Statistical return of the lunatic asylum in Assam - 1912-1932
Year: 1912
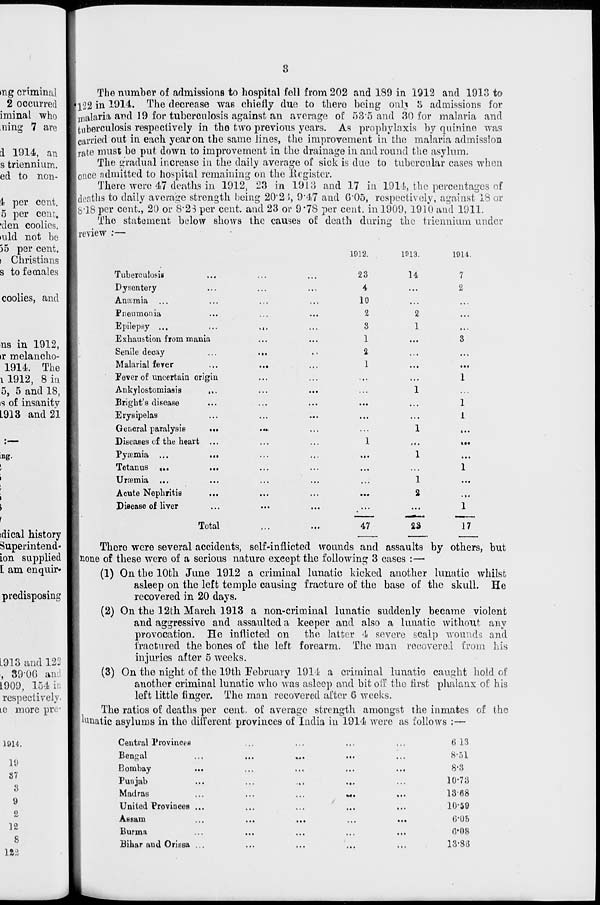
The number of admissions to hospital fell from 202 and 189 in 1912 and 1913 to
|l22 in 1914. The decrease was chiefly due to thero being onh '6 admissions for
malaria and 19 for tuberculosis against an average of 53'5 and 30 for malaria and
tuberculosis respectively in tho two previous years. As prophylaxis by quinine was
carried out in each year on the same lines, the improvement in the malaria admission
jrate must be put down to improvement in the drainage in and round the asylum.
The gradual increase in the daily average of sick is due to tubercular cases when
| once admitted to hospital remaining on the Register.
There were 47 deaths in 1912, 23 in 1913 and 17 in 1914, the percentages of
Ideaths to daily average strength being 20'2 5, 9'47 and G'05, respectively, against 18 or
|s-l8 per cent., 20 or 8'2S per cent, and 23 or 9'78 per cent, in 1909, 1910 and 1911.
The statement below shows the causes of death daring the triennium under
| review :—
1912.
1013.
1914.
23
14
10
2
3
1
2
1
2
1
Tuberculosis
Dysentery
Anaemia
Pneumonia
Epilepsy ...
...
...
Exhaustion fiom mania
Senile decay
...
...
Malarial fever
...
...
Fever of uncertain origin
Ankylostomiasis
...
Bright's disease
Erysipelas
General paralysis
...
Diseases of the heart ...
Pyaemia ...
...
Tetanus ...
...
uraemia ...
...
...
...
Acute Nephritis
Disease of liver
Total
There were several accidents, self-inflicted wounds and assaults by others, but
;none of these were of a serious nature except the following 3 cases :—
(1) On the 10th June 1912 a criminal lunatic kicked another lunatic whilst
asleep on the left temple causing fracture of the base of the skull. He
recovered in 20 days.
(2) On the 12th March 1913 a non-criminal lunatic suddenly became violent
and aggressive and assaulted a keeper and also a lunatic without any
provocation. He inflicted on the latter 4 severe scalp wounds and
fractured the bones of the left forearm. The man recovered from his
injuries after 5 weeks.
(3) On the night of the 19th February 1914 a criminal lunatic caught hold of
another criminal lunatic who was asleep and bit off the first phalanx of his
left little finger. The man recovered after 6 weeks.
The ratios of deaths per cent, of average strength amongst the inmates of the
lunatic asylums in tho different provinces of India in 1914 were as follows :—
...
...
1
...
...
1
...
1
»•.
1
...
»••
• • •
1
...
...
...
1
...
1
...
.»•
2
. >.
.'••
23
1
47
17
Central Provinces
Bengal
Bombay
Punjab
Madras
United Provinces ..,
Assam
Burma
Bihar aud Orissa ..
6 13
8-51
8-3
10-73
13-68
10-59
6*06
fl-08
13-86